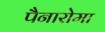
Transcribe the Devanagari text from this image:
पैनारोमा